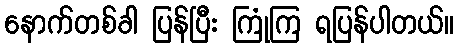
နောက်တစ်ခါ ပြန်ပြီး ကြုံကြ ရပြန်ပါတယ်။